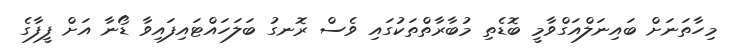
މިހާތަނަށް ބައިނަލްއަގްވާމީ ބޮޑެތި މުބާރާތްތަކުގައި ވެސް ރޮނގު ބަލަހައްޓައިފައިވާ ޑޯނާ އަށް ފީފާގެ